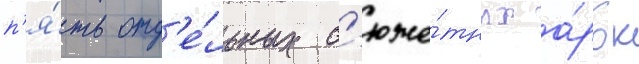
п'я́ть отд'е́льных с'юже́тных а́рок